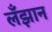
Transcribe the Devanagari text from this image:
लँझान